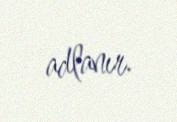
adlanır.